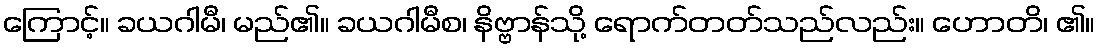
ကြောင့်။ ခယဂါမီ၊ မည်၏။ ခယဂါမီစ၊ နိဗ္ဗာန်သို့ ရောက်တတ်သည်လည်း။ ဟောတိ၊ ၏။